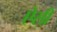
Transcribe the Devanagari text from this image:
एेसी